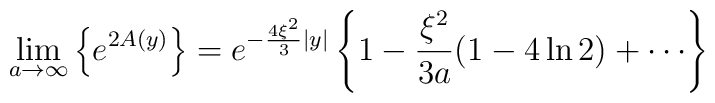
\lim_{a\rightarrow\infty}\left\{e^{2A(y)}\right\}=e^{-\frac{4\xi^2}{3}|y|}\left\{1-\frac{\xi^2}{3a}(1-4\ln 2)+\cdots\right\}